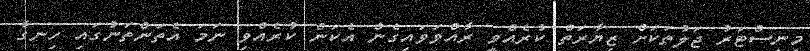
މިނިސްޓަރު ޖަލުތަކަށް ޒިޔާރަތް ކުރެއްވީ ރާއްވަވައިގެން އެކަން ކުރެއްވި ނަމަ އެތަންތަނުގައި ހިނގާ